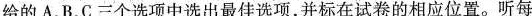
给的 A、B、C三个选项中选出最佳选项,并标在试卷的相应位置.听每